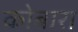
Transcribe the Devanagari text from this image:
कोबारा